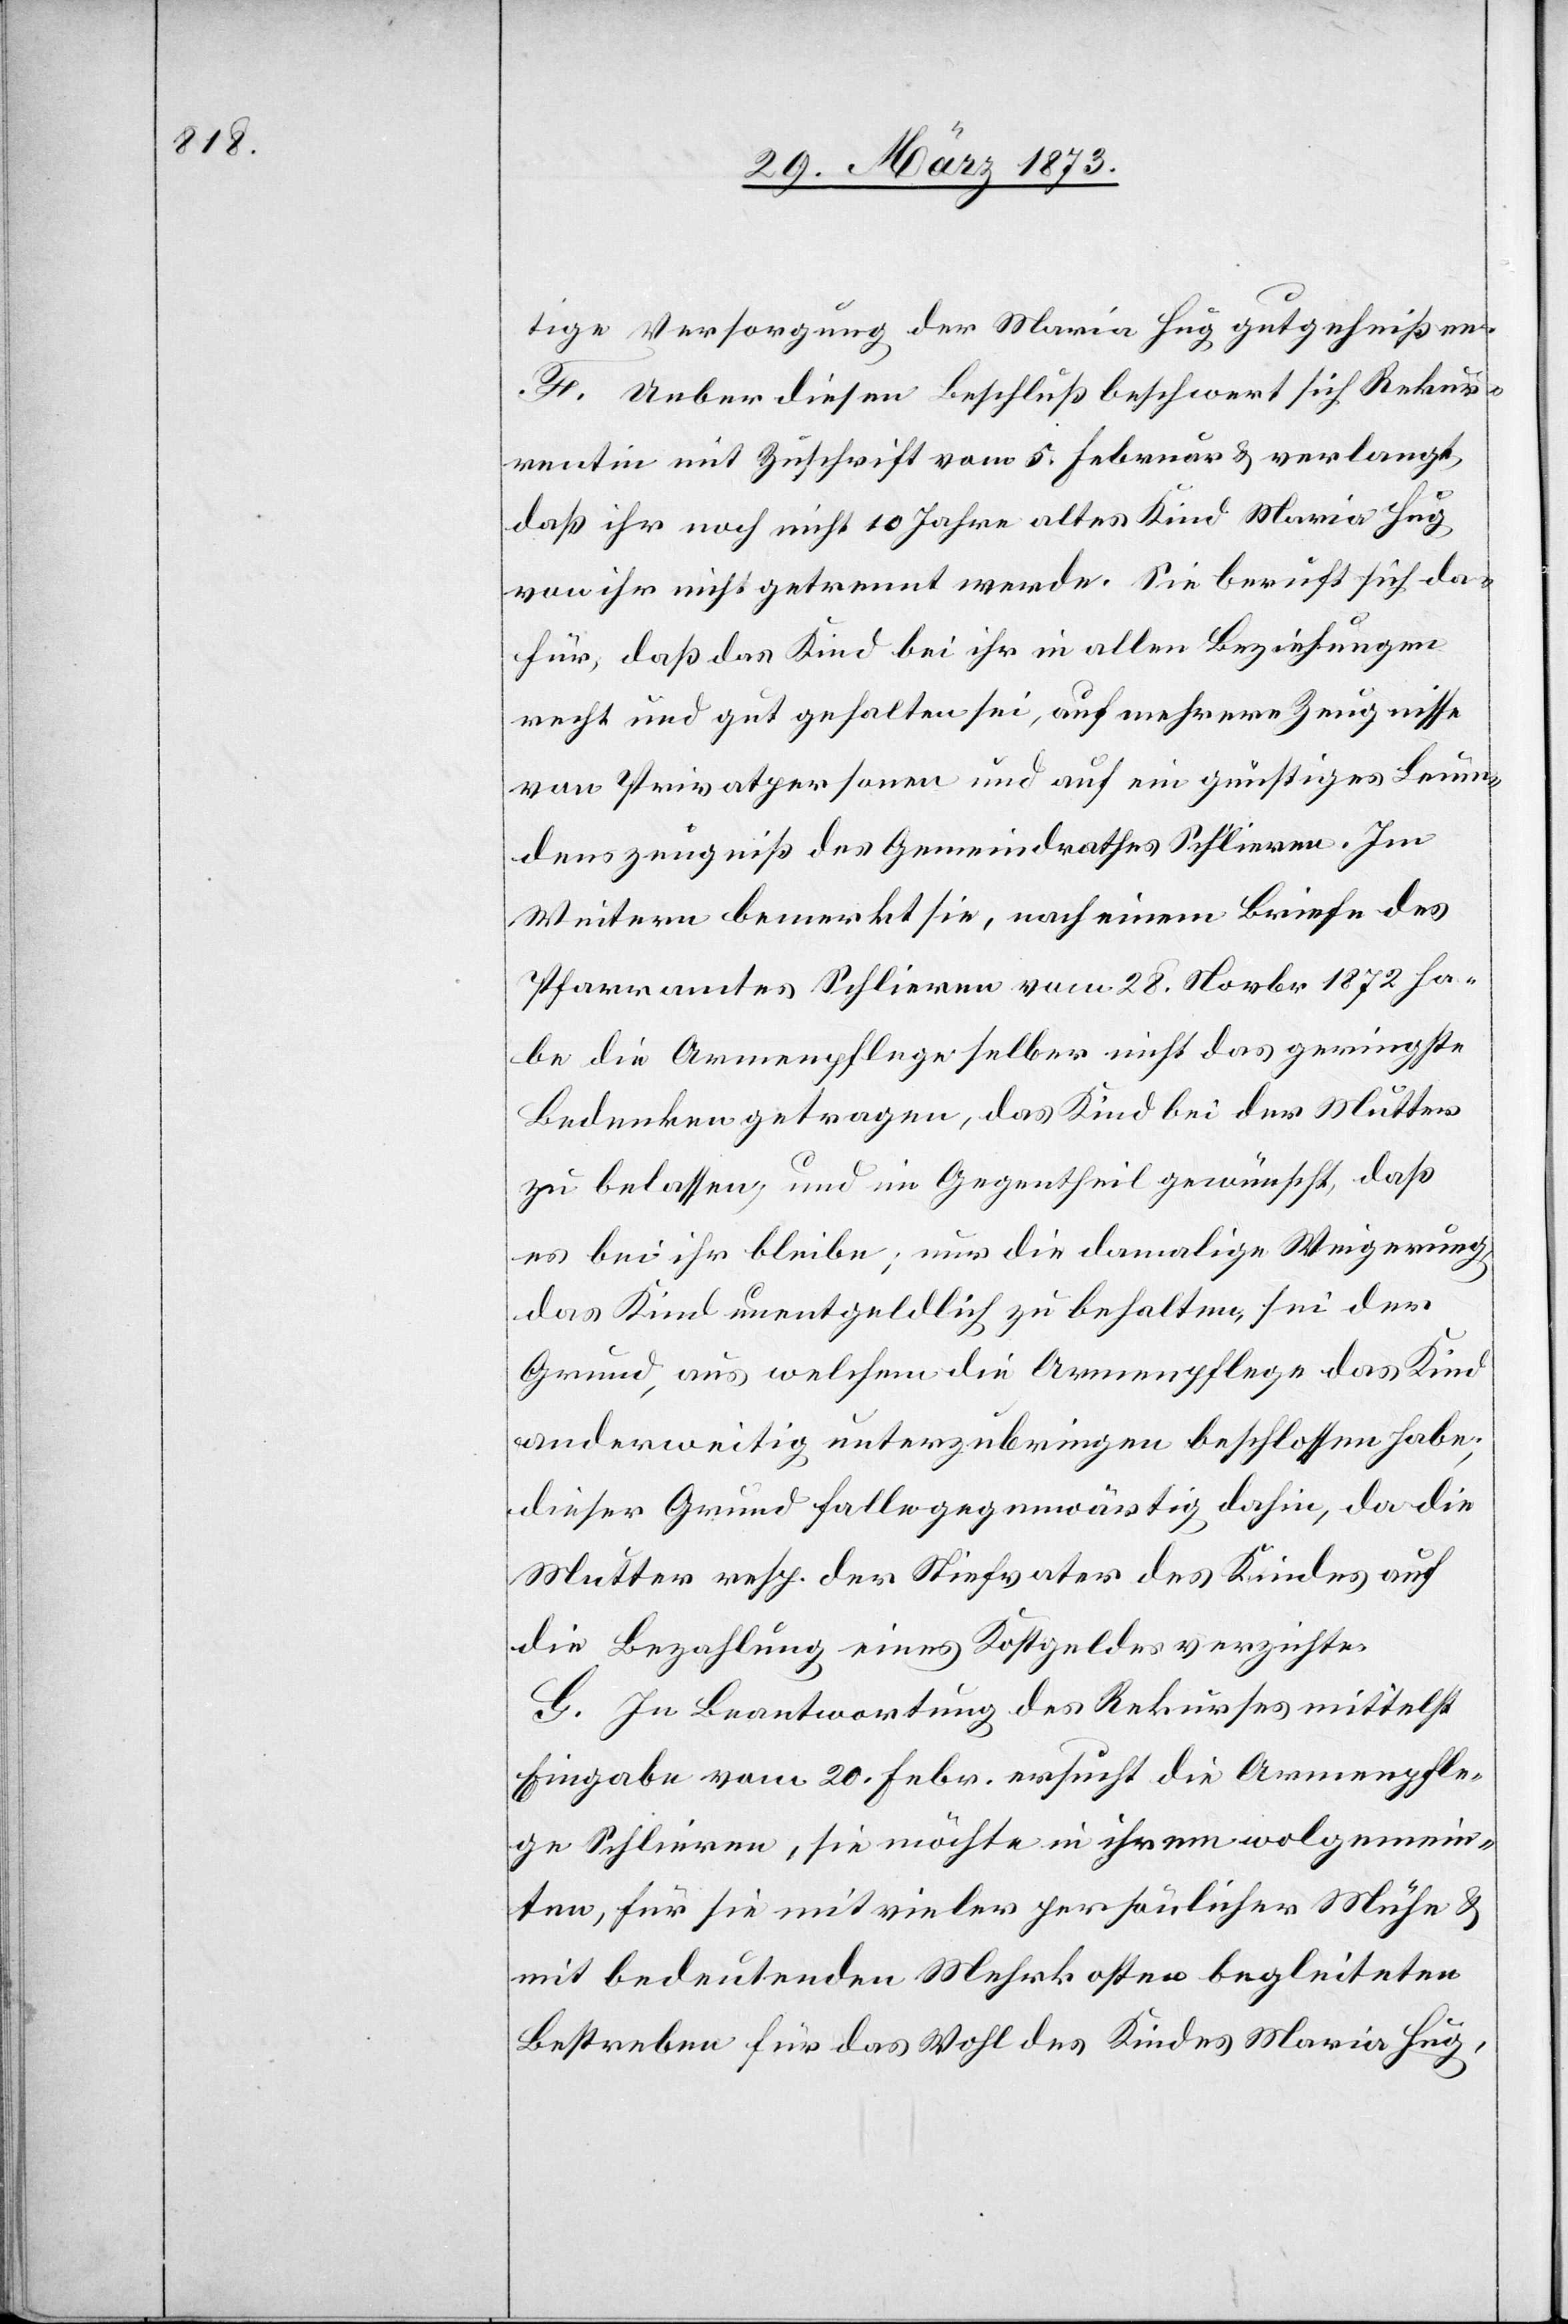
tige Versorgung der Maria Hug gutgeheißen.
F. Ueber diesen Beschluß beschwert sich Rekur¬
rentin mit Zuschrift vom 5. Februar u. verlangt,
daß ihr noch nicht 10 Jahre altes Kind Maria Hug
von ihr nicht getrennt werde. Sie beruft sich da¬
für, daß das Kind bei ihr in allen Beziehungen
recht und gut gehalten sei, auf mehrere Zeugnisse
von Privatpersonen und auf ein günstiges Leum¬
denszeugniß des Gemeindrathes Schlieren. im
Weitern bemerkt sie, nach einem Briefe des
Pfarramtes Schlieren vom 28. Novbr 1872 ha¬
be die Armenpflege selber nicht das geringste
Bedenken getragen, das Kind bei der Mutter
zu belassen, und im Gegentheil gewünscht, daß
es bei ihr bleibe; nur die damalige Weigerung,
das Kind unentgeldlich zu behalten, sei der
Grund, aus welchem die Armenpflege das Kind
anderweitig unterzubringen beschlossen habe;
dieser Grund falle gegenwärtig dahin, da die
Mutter resp. der Stiefvater des Kindes auf
die Bezahlung eines Kostgeldes verzichte.
G. In Beantwortung des Rekurses mittelst
Eingabe vom 20. Febr. ersucht die Armenpfle¬
ge Schlieren, sie möchte in ihrem wolgemein¬
ten, für sie mit vieler persönlicher Mühe u.
mit bedeutenden Mehrkosten begleiteten
Bestreben für das Wohl des Kindes Maria Hug,